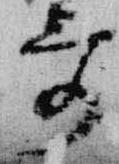
哥